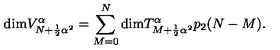
\mathrm { d i m } V _ { N + \frac { 1 } { 2 } { \alpha } ^ { 2 } } ^ { \alpha } = \sum _ { M = 0 } ^ { N } \mathrm { d i m } T _ { M + \frac { 1 } { 2 } { \alpha } ^ { 2 } } ^ { \alpha } p _ { 2 } ( N - M ) .